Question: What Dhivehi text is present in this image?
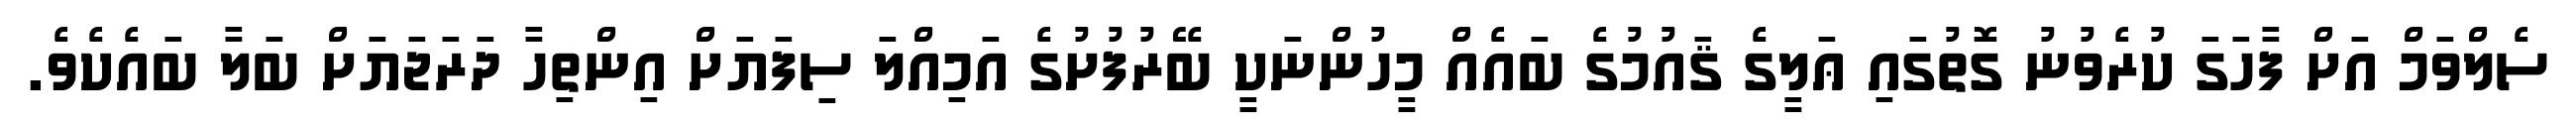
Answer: ސެލްވަމް އަށް ފާހަގަ ކުރެވުނު ގޮތުގައި ޢަލީގެ ޤައުމުގެ ބައެއް މީހުންނަކީ ބޭރުފުށުގެ އަމިއްލަ ސިފަޔަށް އިންތިހާ ދަރަޖަޔަށް ބަލާ ބައެކެވެ.